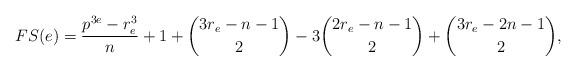
LaTeX: \begin{align*}FS(e)=\frac{p^{3e}-r_e^3}{n}+1+{{3r_e-n-1}\choose{2}}-3{{2r_e-n-1}\choose{2}}+{{3r_e-2n-1}\choose{2}},\end{align*}